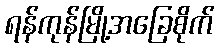
ရန်ကုန်မြို့အခြေစိုက်